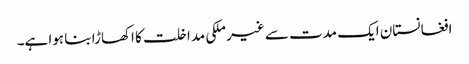
افغانستان ایک مدت سے غیر ملکی مداخلت کا اکھاڑا بنا ہوا ہے۔